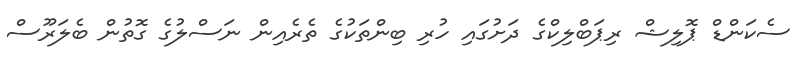
ސެކަންޑް ޕޮލިޝް ރިޕަބްލިކްގެ ދަށުގައި ހުރި ބިންތަކުގެ ތެރެއިން ނަސްލުގެ ގޮތުން ބެލަރޫސް